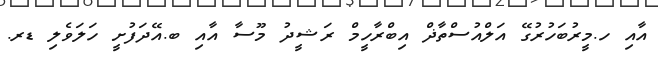
އާއި ހ.މީރުބަހުރުގޭ އަލްއުސްތާޛް އިބްރާހީމް ރަޝީދު މޫސާ އާއި ބ.އޭދަފުށީ ހަލަވެލި ޑރ.